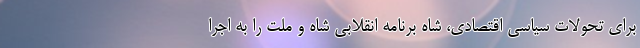
برای تحولات سیاسی اقتصادی، شاه برنامه انقلابی شاه و ملت را به اجرا